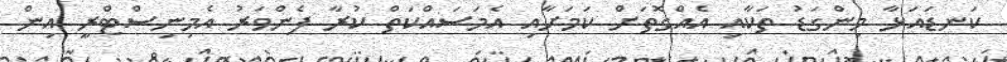
ކަނޑައަޅާ މިންގަޑު ތަކާއި އެއްގޮތަށް ކަމަށާއި އެމަސައްކަތް ކުރާ ފެންވަރު އެމިނިސްޓްރީ އިން